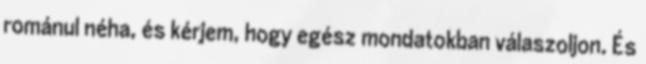
románul néha, és kérjem, hogy egész mondatokban válaszoljon. És